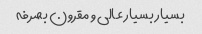
بسیار بسیار عالی و مقرون بصرفه